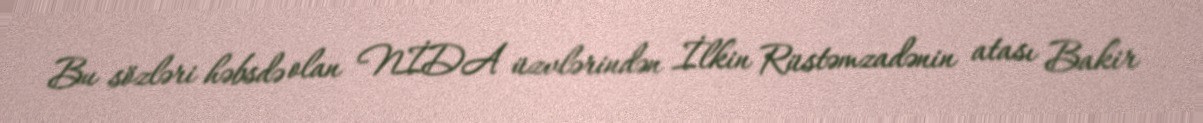
Bu sözləri həbsdə olan NİDA üzvlərindən İlkin Rüstəmzadənin atası Bakir